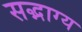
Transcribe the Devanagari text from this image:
सद्भाग्य